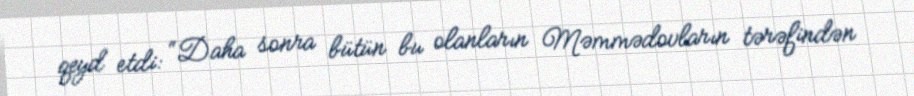
qeyd etdi: “Daha sonra bütün bu olanların Məmmədovların tərəfindən